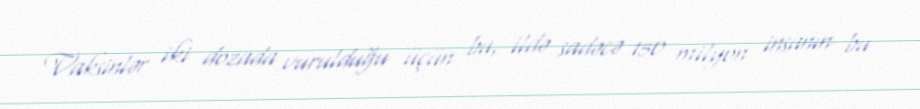
Vaksinlər iki dozada vurulduğu üçün bu, ildə sadəcə 150 milyon insanın bu